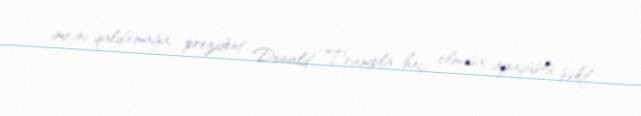
imicini qaldırmağa, prezident Donald Trampla heç olmasa, ayaqüstü şəkil